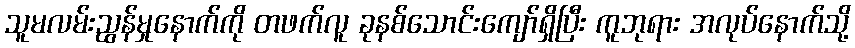
သူမလမ်းညွန်မှုနောက်ကို တဖက်လူ ခုနစ်သောင်းကျော်ရှိပြီး ကူဘုရား အလုပ်နောက်သို့